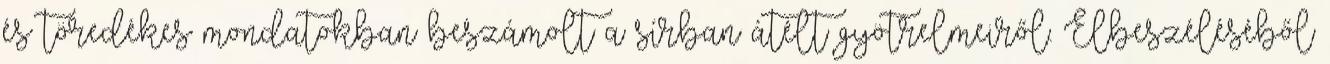
és töredékes mondatokban beszámolt a sírban átélt gyötrelmeiről. Elbeszéléséből